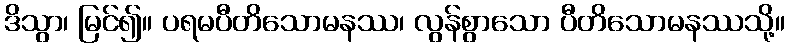
ဒိသွာ၊ မြင်၍။ ပရမပီတိသောမနဿ၊ လွန်စွာသော ပီတိသောမနဿသို့။